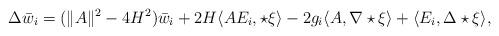
LaTeX: \begin{align*}\Delta \bar w_i=(\|A\|^2-4H^2)\bar w_i+2H\langle AE_i,\star \xi\rangle-2g_i\langle A,\nabla \star\xi\rangle+\langle E_i,\Delta \star\xi\rangle,\end{align*}